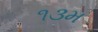
૧૩મ